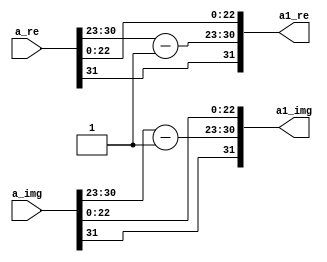
`timescale 1ns / 1ps
//////////////////////////////////////////////////////////////////////////////////
// Company: 
// Engineer: 
// 
// Design Name: 
// Module Name:    half 
// Project Name: 
// Target Devices: 
// Tool versions: 
// Description: 
//
// Dependencies: 
//
// Revision: 
// Revision 0.01 - File Created
// Additional Comments: 
//
//////////////////////////////////////////////////////////////////////////////////
module half(
    input [31:0] a_re,
    input [31:0] a_img,
    output [31:0] a1_re,
    output [31:0] a1_img
    );
assign a1_re[31]=a_re[31];
assign a1_img[31]=a_img[31];
assign a1_re[30:23]=a_re[30:23]-8'b00000001;
assign a1_img[30:23]=a_img[30:23]-8'b00000001;
assign a1_re[22:0]=a_re[22:0];
assign a1_img[22:0]=a_img[22:0];

endmodule